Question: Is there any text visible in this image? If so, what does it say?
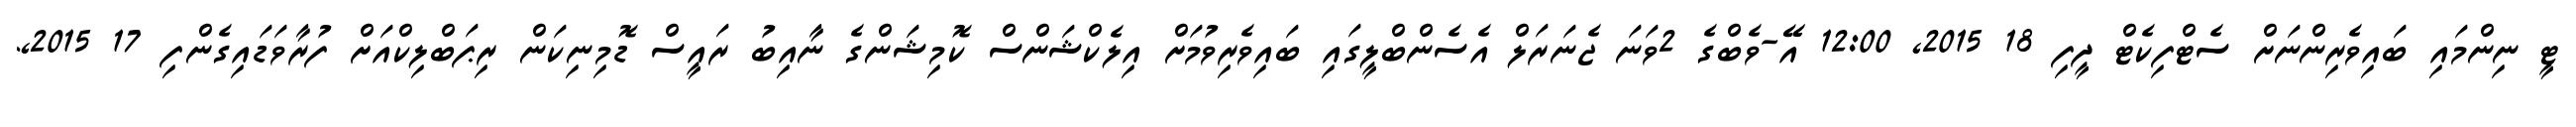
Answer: ޓީ ނިންމައި ބައިވެރިންނަށް ސެޓްފިކެޓް ދީފި 18 2015, 12:00 އޭ-ވެބްގެ 2ވަނަ ޖެނަރަލް އެސެންބްލީގައި ބައިވެރިވުމަށް އިލެކްޝަންސް ކޮމިޝަންގެ ނާއިބު ރައީސް ޑޮމިނިކަން ރިޕަބްލިކްއަށް ފުރާވަޑައިގެންފި 17 2015,.